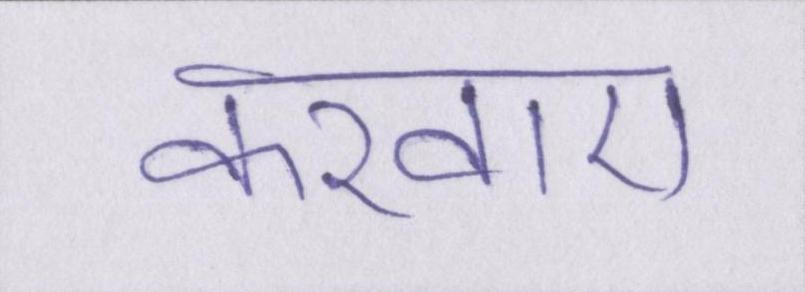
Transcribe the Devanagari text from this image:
करवाए